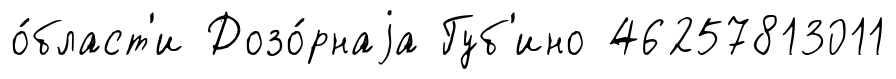
о́бласт'и Дозо́рнаjа Губ'ино 46257813011